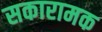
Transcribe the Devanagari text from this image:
सकारामक